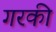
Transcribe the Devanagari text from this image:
गरकी